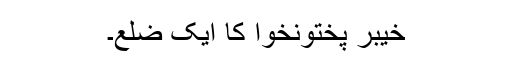
خیبر پختونخوا کا ایک ضلع۔